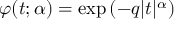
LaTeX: \varphi ( t ; \alpha ) = \exp \left( - q | t | ^ { \alpha } \right)